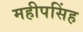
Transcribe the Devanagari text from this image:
महीपसिंह